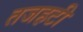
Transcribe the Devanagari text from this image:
तजहटी